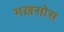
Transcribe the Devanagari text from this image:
मख़सोस